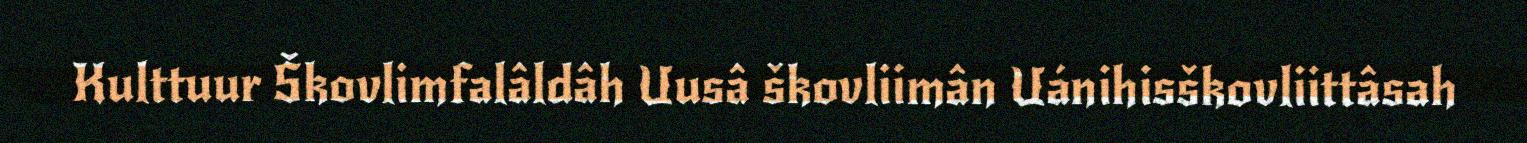
Kulttuur Škovlimfalâldâh Uusâ škovliimân Uánihisškovliittâsah